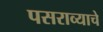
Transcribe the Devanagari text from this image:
पसराव्याचे